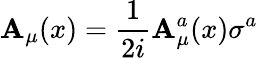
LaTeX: \mathbf{A}_{\mu}(x)={\frac{{1}}{{2i}}}\mathbf{A}_{\mu}^{a}(x)\sigma^{a}